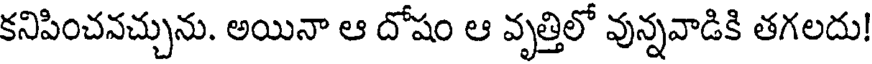
కనిపించవచ్చును. అయినా ఆ దోషం ఆ వృత్తిలో వున్నవాడికి తగలదు!